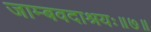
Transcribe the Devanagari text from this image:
जाम्बवदाश्रयः॥७॥